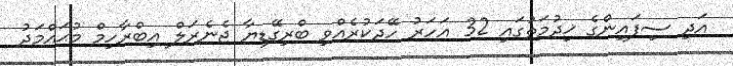
އަދި ސިފައިންގެ ޚިދުމަތުގައި 32 އަހަރު ހޭދަކުރެއްވި ބްރިގޭޑިޔާ ޖެނެރަލް އިބްރާހިމް މުޙައްމަދު